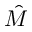
\hat { M }